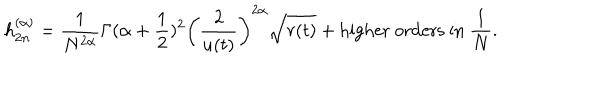
{ h } _ { 2 n } ^ { ( \alpha ) } = \frac { 1 } { N ^ { 2 \alpha } } { \Gamma ( \alpha + \frac 1 2 ) ^ { 2 } } \left( \frac { 2 } { u ( t ) } \right) ^ { 2 \alpha } \sqrt { r ( t ) } + \mathrm { h i g h e r ~ o r d e r s ~ i n ~ } \frac 1 N .